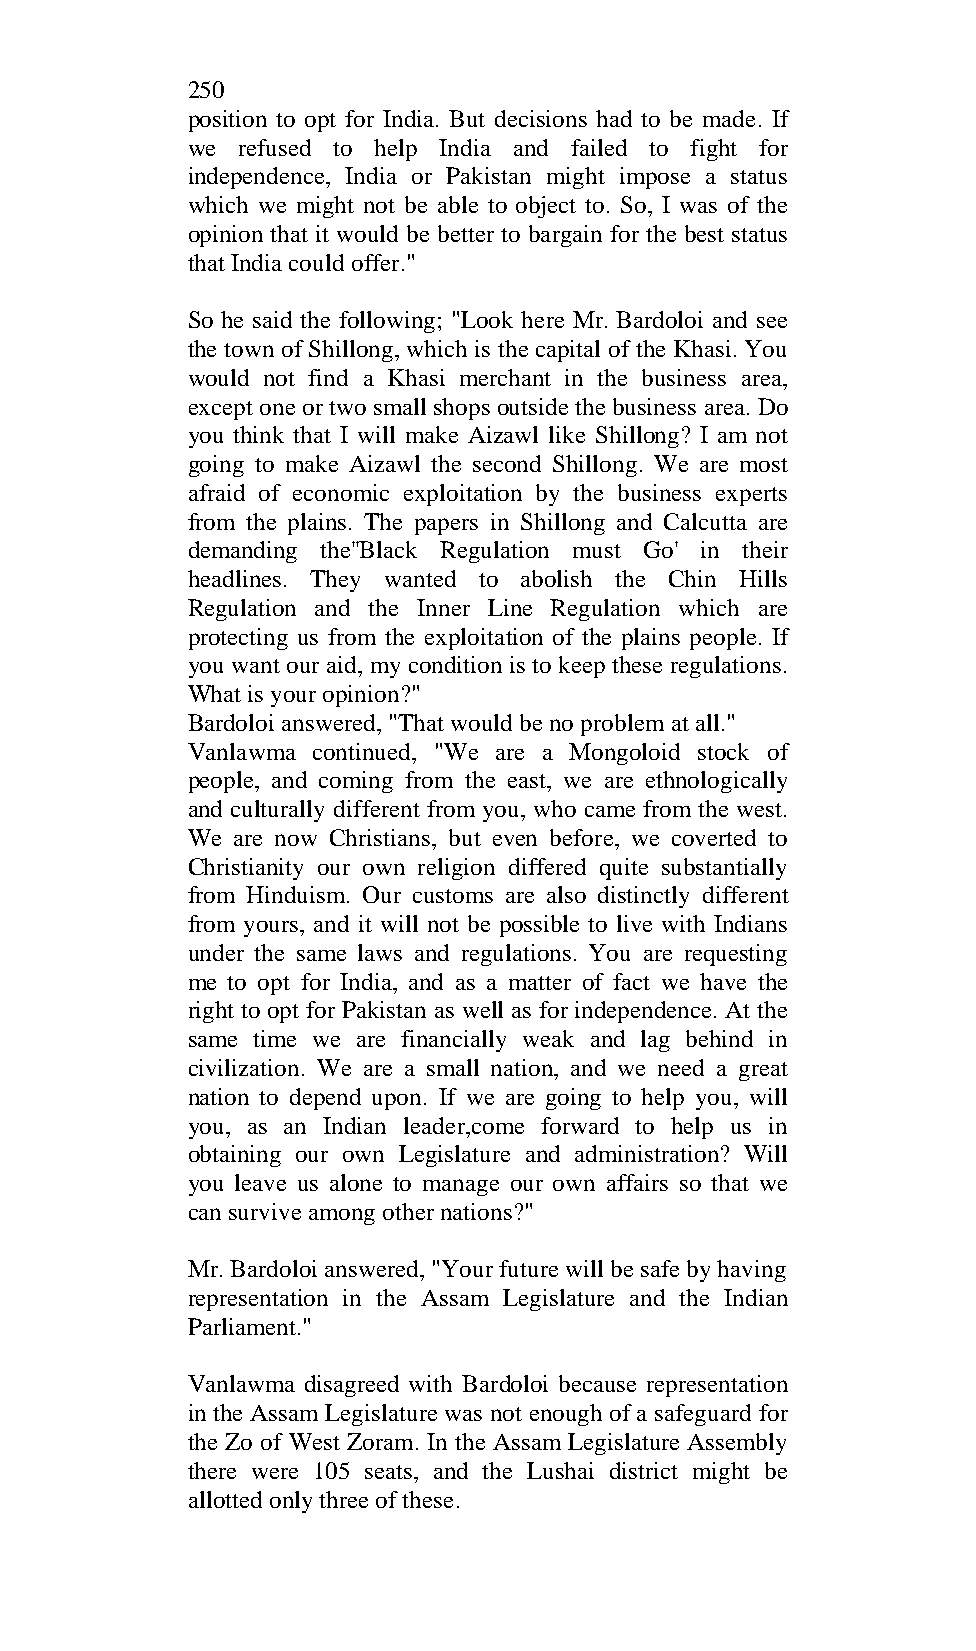
250
 position to opt for India. But decisions had to be made. If
 we  refused to help India and failed to fight for
 independence, India or Pakistan might impose a status
 which we might not be able to object to. So, I was of the
 opinion that it would be better to bargain for the best status
 that India could offer."
 So he said the following; "Look here Mr. Bardoloi and see
 the town of Shillong, which is the capital of the Khasi. You
 would not find a Khasi merchant in the business area,
 except one or two small shops outside the business area. Do
 you think that I will make Aizawl like Shillong? I am not
 going to make Aizawl the second Shillong. We are most
 afraid of economic exploitation by the business experts
 from the plains. The papers in Shillong and Calcutta are
 demanding the''Black Regulation must Go' in their
 headlines. They wanted to abolish the Chin Hills
 Regulation and the Inner Line Regulation which are
 protecting us from the exploitation of the plains people. If
 you want our aid, my condition is to keep these regulations.
 What is your opinion?"
 Bardoloi answered, "That would be no problem at all."
 Vanlawma continued, "We are a Mongoloid stock of
 people, and coming from the east, we are ethnologically
 and culturally different from you, who came from the west.
 We are now Christians, but even before, we coverted to
 Christianity our own religion differed quite substantially
 from Hinduism. Our customs are also distinctly different
 from yours, and it will not be possible to live with Indians
 under the same laws and regulations. You are requesting
 me to opt for India, and as a matter of fact we have the
 right to opt for Pakistan as well as for independence. At the
 same time we are financially weak and lag behind in
 civilization. We are a small nation, and we need a great
 nation to depend upon. If we are going to help you, will
 you, as an Indian leader,come forward to help us in
 obtaining our own Legislature and administration? Will
 you leave us alone to manage our own affairs so that we
 can survive among other nations?"
 Mr. Bardoloi answered, "Your future will be safe by having
 representation in the Assam Legislature and the Indian
 Parliament."
 Vanlawma disagreed with Bardoloi because representation
 in the Assam Legislature was not enough of a safeguard for
 the Zo of West Zoram. In the Assam Legislature Assembly
 there were 105 seats, and the Lushai district might be
 allotted only three of these.